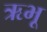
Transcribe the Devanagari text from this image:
ऋभू